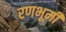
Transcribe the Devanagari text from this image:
रणभूमी